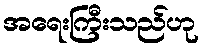
အရေးကြီးသည်ဟု